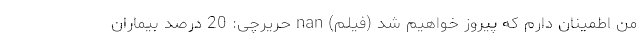
من اطمینان دارم که پیروز خواهیم شد (فیلم) nan حریرچی: 20 درصد بیماران